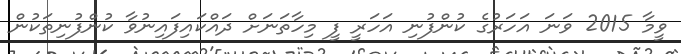
ވީމާ 2015 ވަނަ އަހަރުގެ ކުންފުނި އަހަރީ ފީ މިހާތަނަށް ދައްކައިފައިނުވާ ކުންފުނިތަކުން